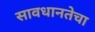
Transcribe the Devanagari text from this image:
सावधानतेचा